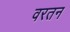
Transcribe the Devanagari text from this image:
वरतन